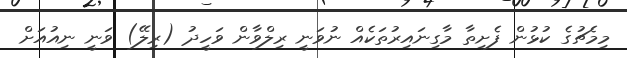
މިމެޗުގެ ކުޅުން ފެށިތާ މާގިނައިރުތަކެއް ނުވަނީ ރިލްވާން ވަހީދު (ރިލޭ) ވަނީ ނިއުއަށް